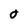
Character: 0